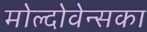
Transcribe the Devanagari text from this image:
मोल्दोवेन्सका